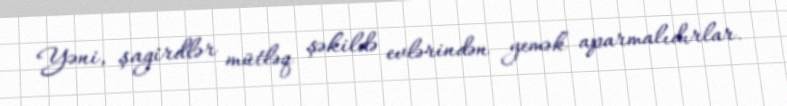
Yəni, şagirdlər mütləq şəkildə evlərindən yemək aparmalıdırlar.